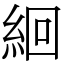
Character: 絗